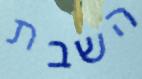
השבת